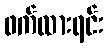
ဖက်ထားရင်း